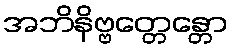
အဘိနိဗ္ဗတ္တေန္တော